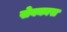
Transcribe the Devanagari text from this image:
सेवकास